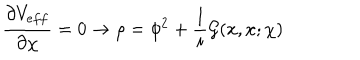
\frac { \partial V _ { e f f } } { \partial \chi } = 0 \rightarrow \rho = \phi ^ { 2 } + \frac { 1 } { i } { \cal G } ( x , x ; \chi )